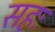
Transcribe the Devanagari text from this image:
सहः